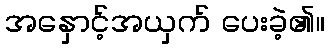
အနှောင့်အယှက် ပေးခဲ့၏။